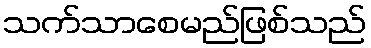
သက်သာစေမည်ဖြစ်သည်